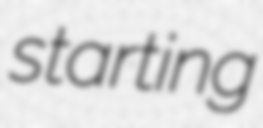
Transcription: starting